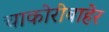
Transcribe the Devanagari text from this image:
चाकोरीबाहेर